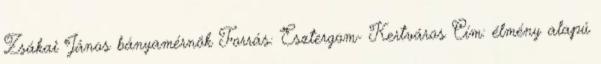
Zsákai János bányamérnök Forrás: Esztergom- Kertváros Cím: élmény alapú